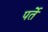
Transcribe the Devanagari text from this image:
पर्ते